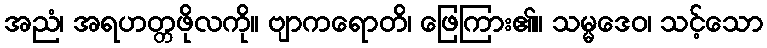
အညံ၊ အရဟတ္တဖိုလကို။ ဗျာကရောတိ၊ ဖြေကြား၏။ သမ္မဒေဝ၊ သင့်သော